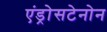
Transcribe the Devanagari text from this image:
एंड्रोसटेनोन